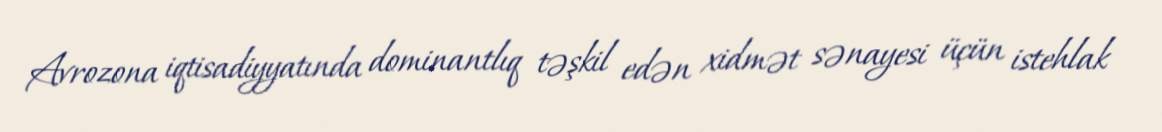
Avrozona iqtisadiyyatında dominantlıq təşkil edən xidmət sənayesi üçün istehlak